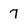
Character: 7